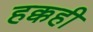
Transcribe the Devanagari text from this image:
हक्कही